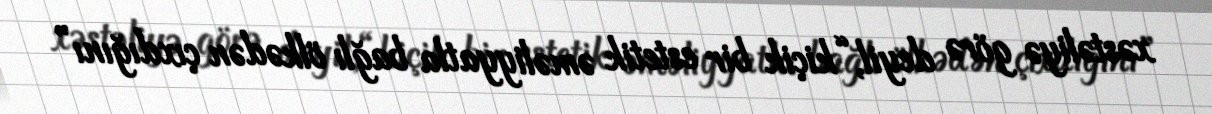
xəstəliyə görə deyil, “kiçik bir estetik əməliyyatla bağlı ölkədən çıxdığını”